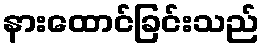
နားထောင်ခြင်းသည်